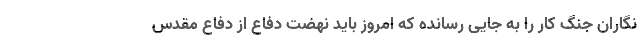
نگاران جنگ کار را به جایی رسانده که امروز باید نهضت دفاع از دفاع مقدس